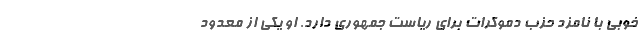
خوبی با نامزد حزب دموکرات برای ریاست جمهوری دارد. او یکی از معدود